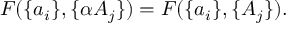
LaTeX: F ( \{ a _ { i } \} , \{ \alpha A _ { j } \} ) = F ( \{ a _ { i } \} , \{ A _ { j } \} ) .